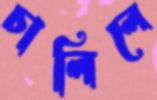
চালিলে